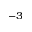
^ { - 3 }